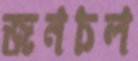
জনচল